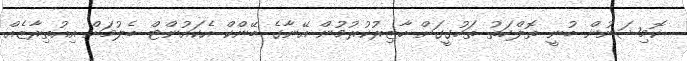
ކޮމިޝަނުން ބުނީ ތޮލްހަތު ތަހުގީގަށް ހާޒިރުކުރުމުން އޭނާގެ ބޭންކް އެކައުންޓް ބެލުމަށް އިއުތިރާޒެއް